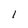
Character: 1